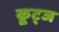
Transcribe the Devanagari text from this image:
कूट्ज